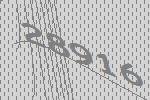
28916